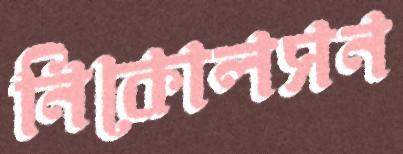
নিকোলসন